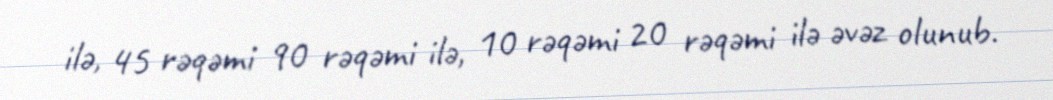
ilə, 45 rəqəmi 90 rəqəmi ilə, 10 rəqəmi 20 rəqəmi ilə əvəz olunub.